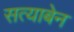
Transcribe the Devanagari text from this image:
सत्याबेन